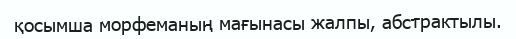
қосымша морфеманың мағынасы жалпы, абстрактылы.